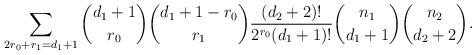
LaTeX: \begin{align*}\sum_{2r_0+r_1=d_1+1} {d_1+1 \choose r_0} {d_1+1-r_0 \choose r_1} \frac{(d_2+2)!}{2^{r_0}(d_1+1)!} {n_1 \choose d_1+1} {n_2 \choose d_2+2}. \end{align*}